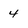
Character: 4